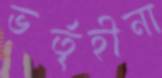
ভর্তৃহীনা